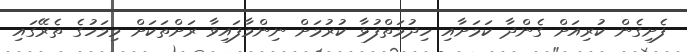
ފެށިގެން ކުރިއަށް ގެންދާ ކަމަށާއި ހިދުމަތްފުޅާ ކުރުމަށް ނިންމާފައިވާ ރަށްތަކަށް މިމަހުގެ ތެރޭގައި